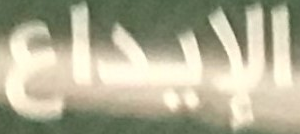
الإيداع